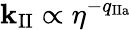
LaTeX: \mathbf{k}_{\mathrm{{II}}}\propto\eta^{-q_{\mathrm{{IIa}}}}